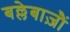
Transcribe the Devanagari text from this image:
बल्लेबाज़ौं